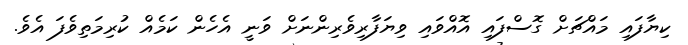
ކިޔާފައި މައްޗަށް ގޮސްފައި އޮއްވައި ވިޔަފާރިވެރިންނަށް ވަނީ އެހެން ކަމެއް ކުރިމަތިވެފަ އެވެ.